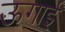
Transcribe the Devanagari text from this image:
ऊगाई